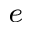
^ e